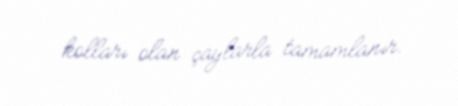
kolları olan çaylarla tamamlanır.